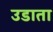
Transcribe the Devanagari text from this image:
उडाता